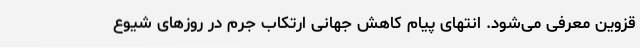
قزوین معرفی می‌شود. انتهای‌ پیام کاهش جهانی ارتکاب جرم در روزهای شیوع